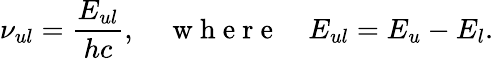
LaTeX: \nu_{ul}=\frac{E_{ul}}{hc},\quad\mathrm{~w~h~e~r~e~}\quad E_{ul}=E_{u}-E_{l}.